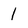
Character: 1